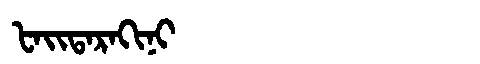
Manchu: ᡶᠠᡳᡨᠠᡵᠠᡴᡳᠨᡳ
Romanization: FAITARAKINI